Civil Veterinary Dept. Bombay admin report 1932-41 - 1932-1941
Year: 1932
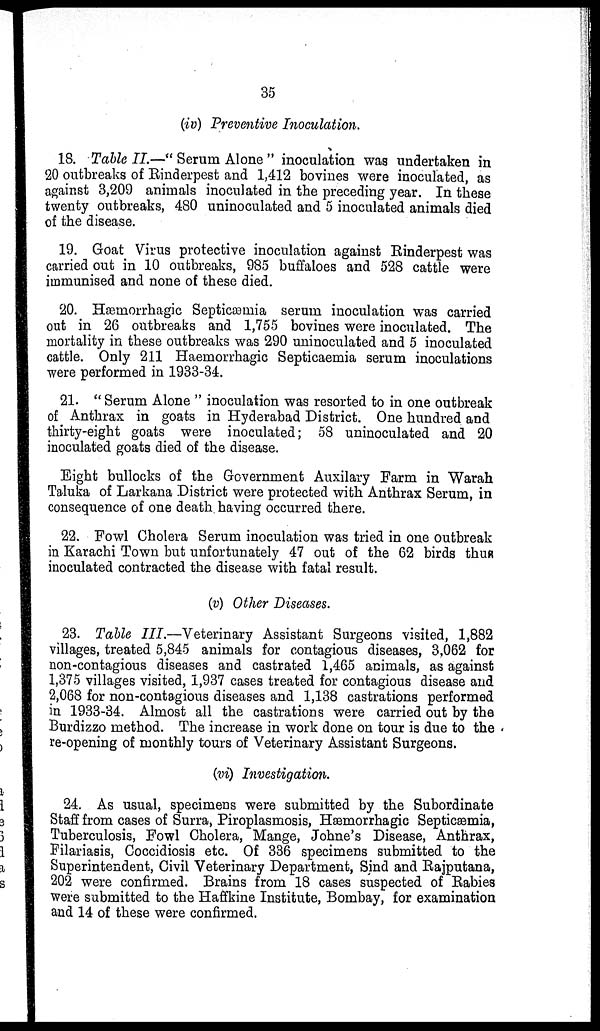
35
(iv) Preventive Inoculation.
18. Table II.—" Serum Alone " inoculation was undertaken in
20 outbreaks of Rinderpest and 1,412 bovines were inoculated, as
against 3,209 animals inoculated in the preceding year. In these
twenty outbreaks, 480 uninoculated and 5 inoculated animals died
of the disease.
19. Goat Virus protective inoculation against Rinderpest was
carried out in 10 outbreaks, 985 buffaloes and 528 cattle were
immunised and none of these died.
20. Hæmorrhagic Septicæmia serum inoculation was carried
out in 26 outbreaks and 1,755 bovines were inoculated. The
mortality in these outbreaks was 290 uninoculated and 5 inoculated
cattle. Only 211 Haemorrhagic Septicaemia serum inoculations
were performed in 1933-34.
21. " Serum Alone " inoculation was resorted to in one outbreak
of Anthrax in goats in Hyderabad District. One hundred and
thirty-eight goats were inoculated; 58 uninoculated and 20
inoculated goats died of the disease.
Eight bullocks of the Government Auxilary Farm in Warah
Taluka of Larkana District were protected with Anthrax Serum, in
consequence of one death having occurred there.
22. Fowl Cholera Serum inoculation was tried in one outbreak
in Karachi Town but unfortunately 47 out of the 62 birds thus
inoculated contracted the disease with fatal result.
(v) Other Diseases.
23. Table III.—Veterinary Assistant Surgeons visited, 1,882
villages, treated 5,845 animals for contagious diseases, 3,062 for
non-contagious diseases and castrated 1,465 animals, as against
1,375 villages visited, 1,937 cases treated for contagious disease and
2,068 for non-contagious diseases and 1,138 castrations performed
in 1933-34. Almost all the castrations were carried out by the
Burdizzo method. The increase in work done on tour is due to the
re-opening of monthly tours of Veterinary Assistant Surgeons.
(vi) Investigation.
24. As usual, specimens were submitted by the Subordinate
Staff from cases of Surra, Piroplasmosis, Hæmorrhagic Septicæmia,
Tuberculosis, Fowl Cholera, Mange, Johne's Disease, Anthrax,
Filariasis, Coccidiosis etc. Of 336 specimens submitted to the
Superintendent, Civil Veterinary Department, Sind and Rajputana,
202 were confirmed. Brains from 18 cases suspected of Rabies
were submitted to the Haffkine Institute, Bombay, for examination
and 14 of these were confirmed.